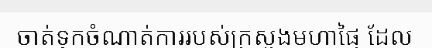
ចាត់ទុកចំណាត់ការរបស់ក្រសួងមហាផ្ទៃ ដែល